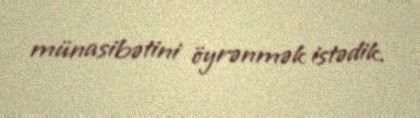
münasibətini öyrənmək istədik.